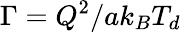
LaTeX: \Gamma={Q^{2}}/{a{k_{B}}{T_{d}}}